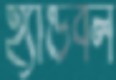
হ্যান্ডবল